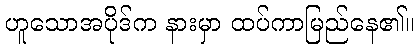
ဟူသောအပိုဒ်က နားမှာ ထပ်ကာမြည်နေ၏။